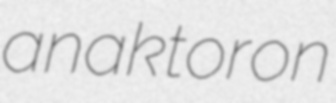
anaktoron